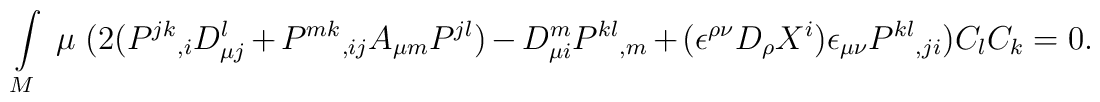
\int\limits_{M}\;\mu\;(2(P^{jk}{}_{,i}D_{\mu j}^{l}+P^{mk}{}_{,ij}A_{\mu m}P^{jl})-D_{\mu i}^{m}P^{kl}{}_{,m}+(\epsilon^{\rho\nu}D_{\rho}X^{i})\epsilon_{\mu\nu}P^{kl}{}_{,ji})C_{l}C_{k}=0.